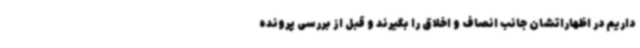
داریم در اظهاراتشان جانب انصاف و اخلاق را بگیرند و قبل از بررسی پرونده